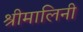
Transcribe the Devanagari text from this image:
श्रीमालिनी